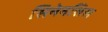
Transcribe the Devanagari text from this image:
सिनेनसिस